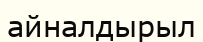
айналдырыл